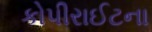
કોપીરાઈટના